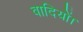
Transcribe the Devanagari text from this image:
वादियों।